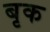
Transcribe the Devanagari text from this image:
बृक